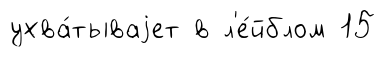
ухва́тываjет в л'е́йблом 15